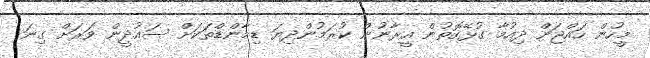
މީހުން ހައްޖަށް ދިއުމާ ގުޅޭގޮތުން އީރާނުން ކުރަމުންދިޔަ ޑިމާންޑްތަކަށް ސައުދީން ވަރަށް ގިނަ